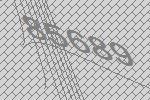
85689